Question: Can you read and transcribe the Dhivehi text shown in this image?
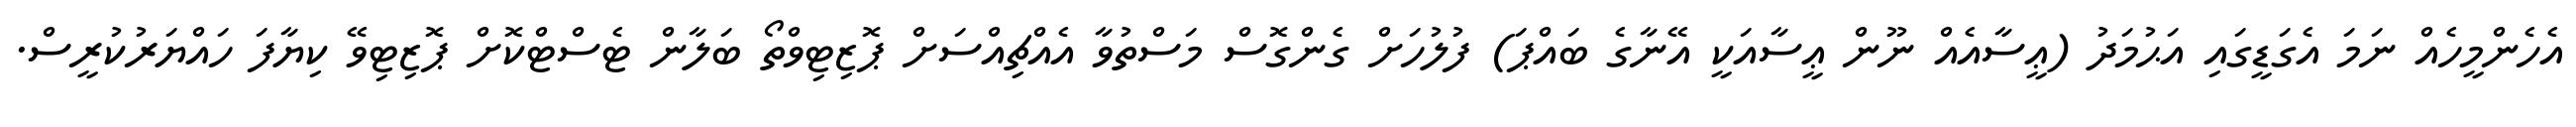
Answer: އެހެންމީހެއް ނަމަ އެގަޑީގައި އަޙުމަދު (ޢީސާއެއް ނޫން ޢީސާއަކީ އޭނާގެ ބައްޕަ) ފުލުހަށް ގެންގޮސް މަސްތުވާ އެއްޗިއްސަށް ޕޮޒިޓިވްތޯ ބަލާން ޓެސްޓްކޮށް ޕޮޒިޓިވޭ ކިޔާފަ ހައްޔަރުކުރީސް.